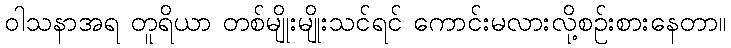
ဝါသနာအရ တူရိယာ တစ်မျိုးမျိုးသင်ရင် ကောင်းမလားလို့စဉ်းစားနေတာ။